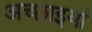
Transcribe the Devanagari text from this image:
अच्छाइयां